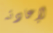
لإعادته